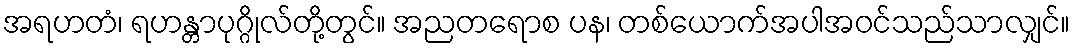
အရဟတံ၊ ရဟန္တာပုဂ္ဂိုလ်တို့တွင်။ အညတရောစ ပန၊ တစ်ယောက်အပါအဝင်သည်သာလျှင်။